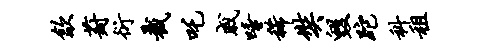
歙葑衍截吒戚唾稀奘毁跎科租